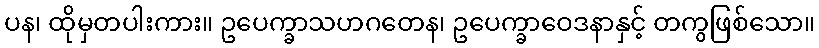
ပန၊ ထိုမှတပါးကား။ ဥပေက္ခာသဟဂတေန၊ ဥပေက္ခာဝေဒနာနှင့် တကွဖြစ်သော။